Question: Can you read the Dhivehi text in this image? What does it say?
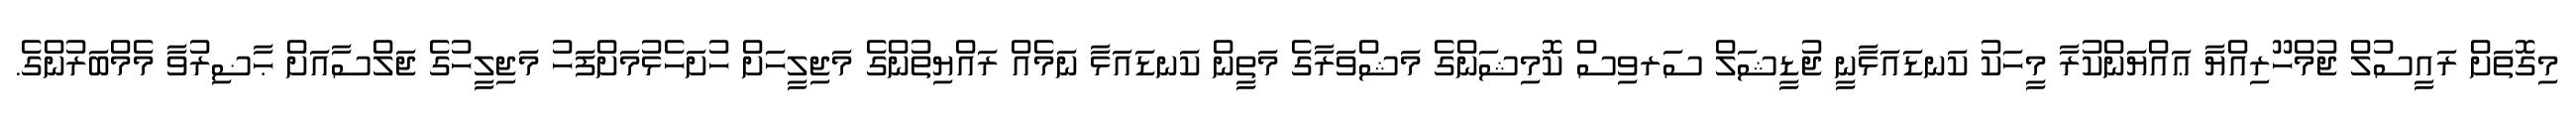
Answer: މިގޮތަށް ރައީސުލް ޖުމްހޫރިއްޔާ ޢައްޔަންކުރާ މީހަކު ކަނޑައަޅާނީ ޖުޑީޝަލް ސަރވިސް ކޮމިޝަންގެ މަޝްވަރާގެ މަތީން ކަނޑައަޅާ ނަމެއް ރައްޔިތުންގެ މަޖިލީހަށް ހުށަހެޅުމަށްފަހު މަޖިލީހުގެ ޖަލްސާއަށް ޙާޟިރުވާ މެމްބަރުންގެ.